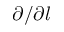
\partial / \partial l